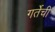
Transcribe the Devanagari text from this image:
गर्तेची